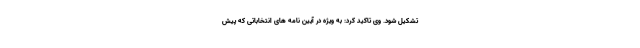
تشکیل شود. وی تاکید کرد: به ویژه در آیین نامه های انتخاباتی که پیش